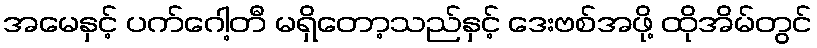
အမေနှင့် ပက်ဂေါ့တီ မရှိတော့သည်နှင့် ဒေးဗစ်အဖို့ ထိုအိမ်တွင်